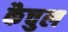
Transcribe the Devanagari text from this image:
कैचुल